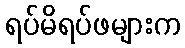
ရပ်မိရပ်ဖများက